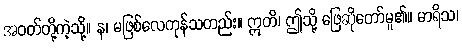
အဝတ်တို့ကဲ့သို့။ န၊ မဖြစ်လေကုန်သတည်း။ ဣတိ၊ ဤသို့ ဖြေဆိုတော်မူ၏။ မာရိသ၊